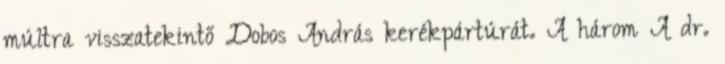
múltra visszatekintő Dobos András kerékpártúrát. A három A dr.